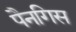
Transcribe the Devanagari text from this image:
पैनगिस